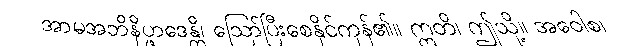
အာမအဘိနိပ္ဖာဒေန္တိ၊ ဩော်ပြီးစေနိုင်ကုန်၏။ ဣတိ၊ ဤသို့။ အဝေါစ၊